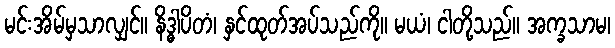
မင်းအိမ်မှသာလျှင်။ နိဒ္ဓါပိတံ၊ နှင်ထုတ်အပ်သည်ကို။ မယံ၊ ငါတို့သည်။ အက္ခသာမ၊